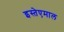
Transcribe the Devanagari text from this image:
इस्तेएमाल